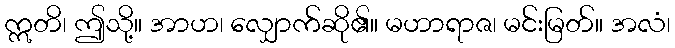
ဣတိ၊ ဤသို့။ အာဟ၊ လျှောက်ဆို၏။ မဟာရာဇ၊ မင်းမြတ်။ အလံ၊